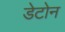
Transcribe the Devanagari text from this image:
डेटोन